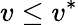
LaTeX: v\leq v^{*}